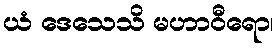
ယံ ဒေသေသိ မဟာဝီရော၊